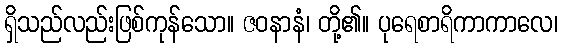
ရှိသည်လည်းဖြစ်ကုန်သော။ ဇဝနာနံ၊ တို့၏။ ပုရေစာရိကာကာလေ၊